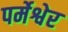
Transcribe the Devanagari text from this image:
पर्मेश्वेर